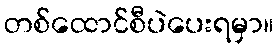
တစ်ထောင်စီပဲပေးရမှာ။